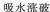
吸水涨破